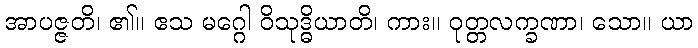
အာပဇ္ဇတိ၊ ၏။ ဧသ မဂ္ဂေါ ဝိသုဒ္ဓိယာတိ၊ ကား။ ဝုတ္တလက္ခဏာ၊ သော။ ယာ